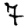
Digit: 7